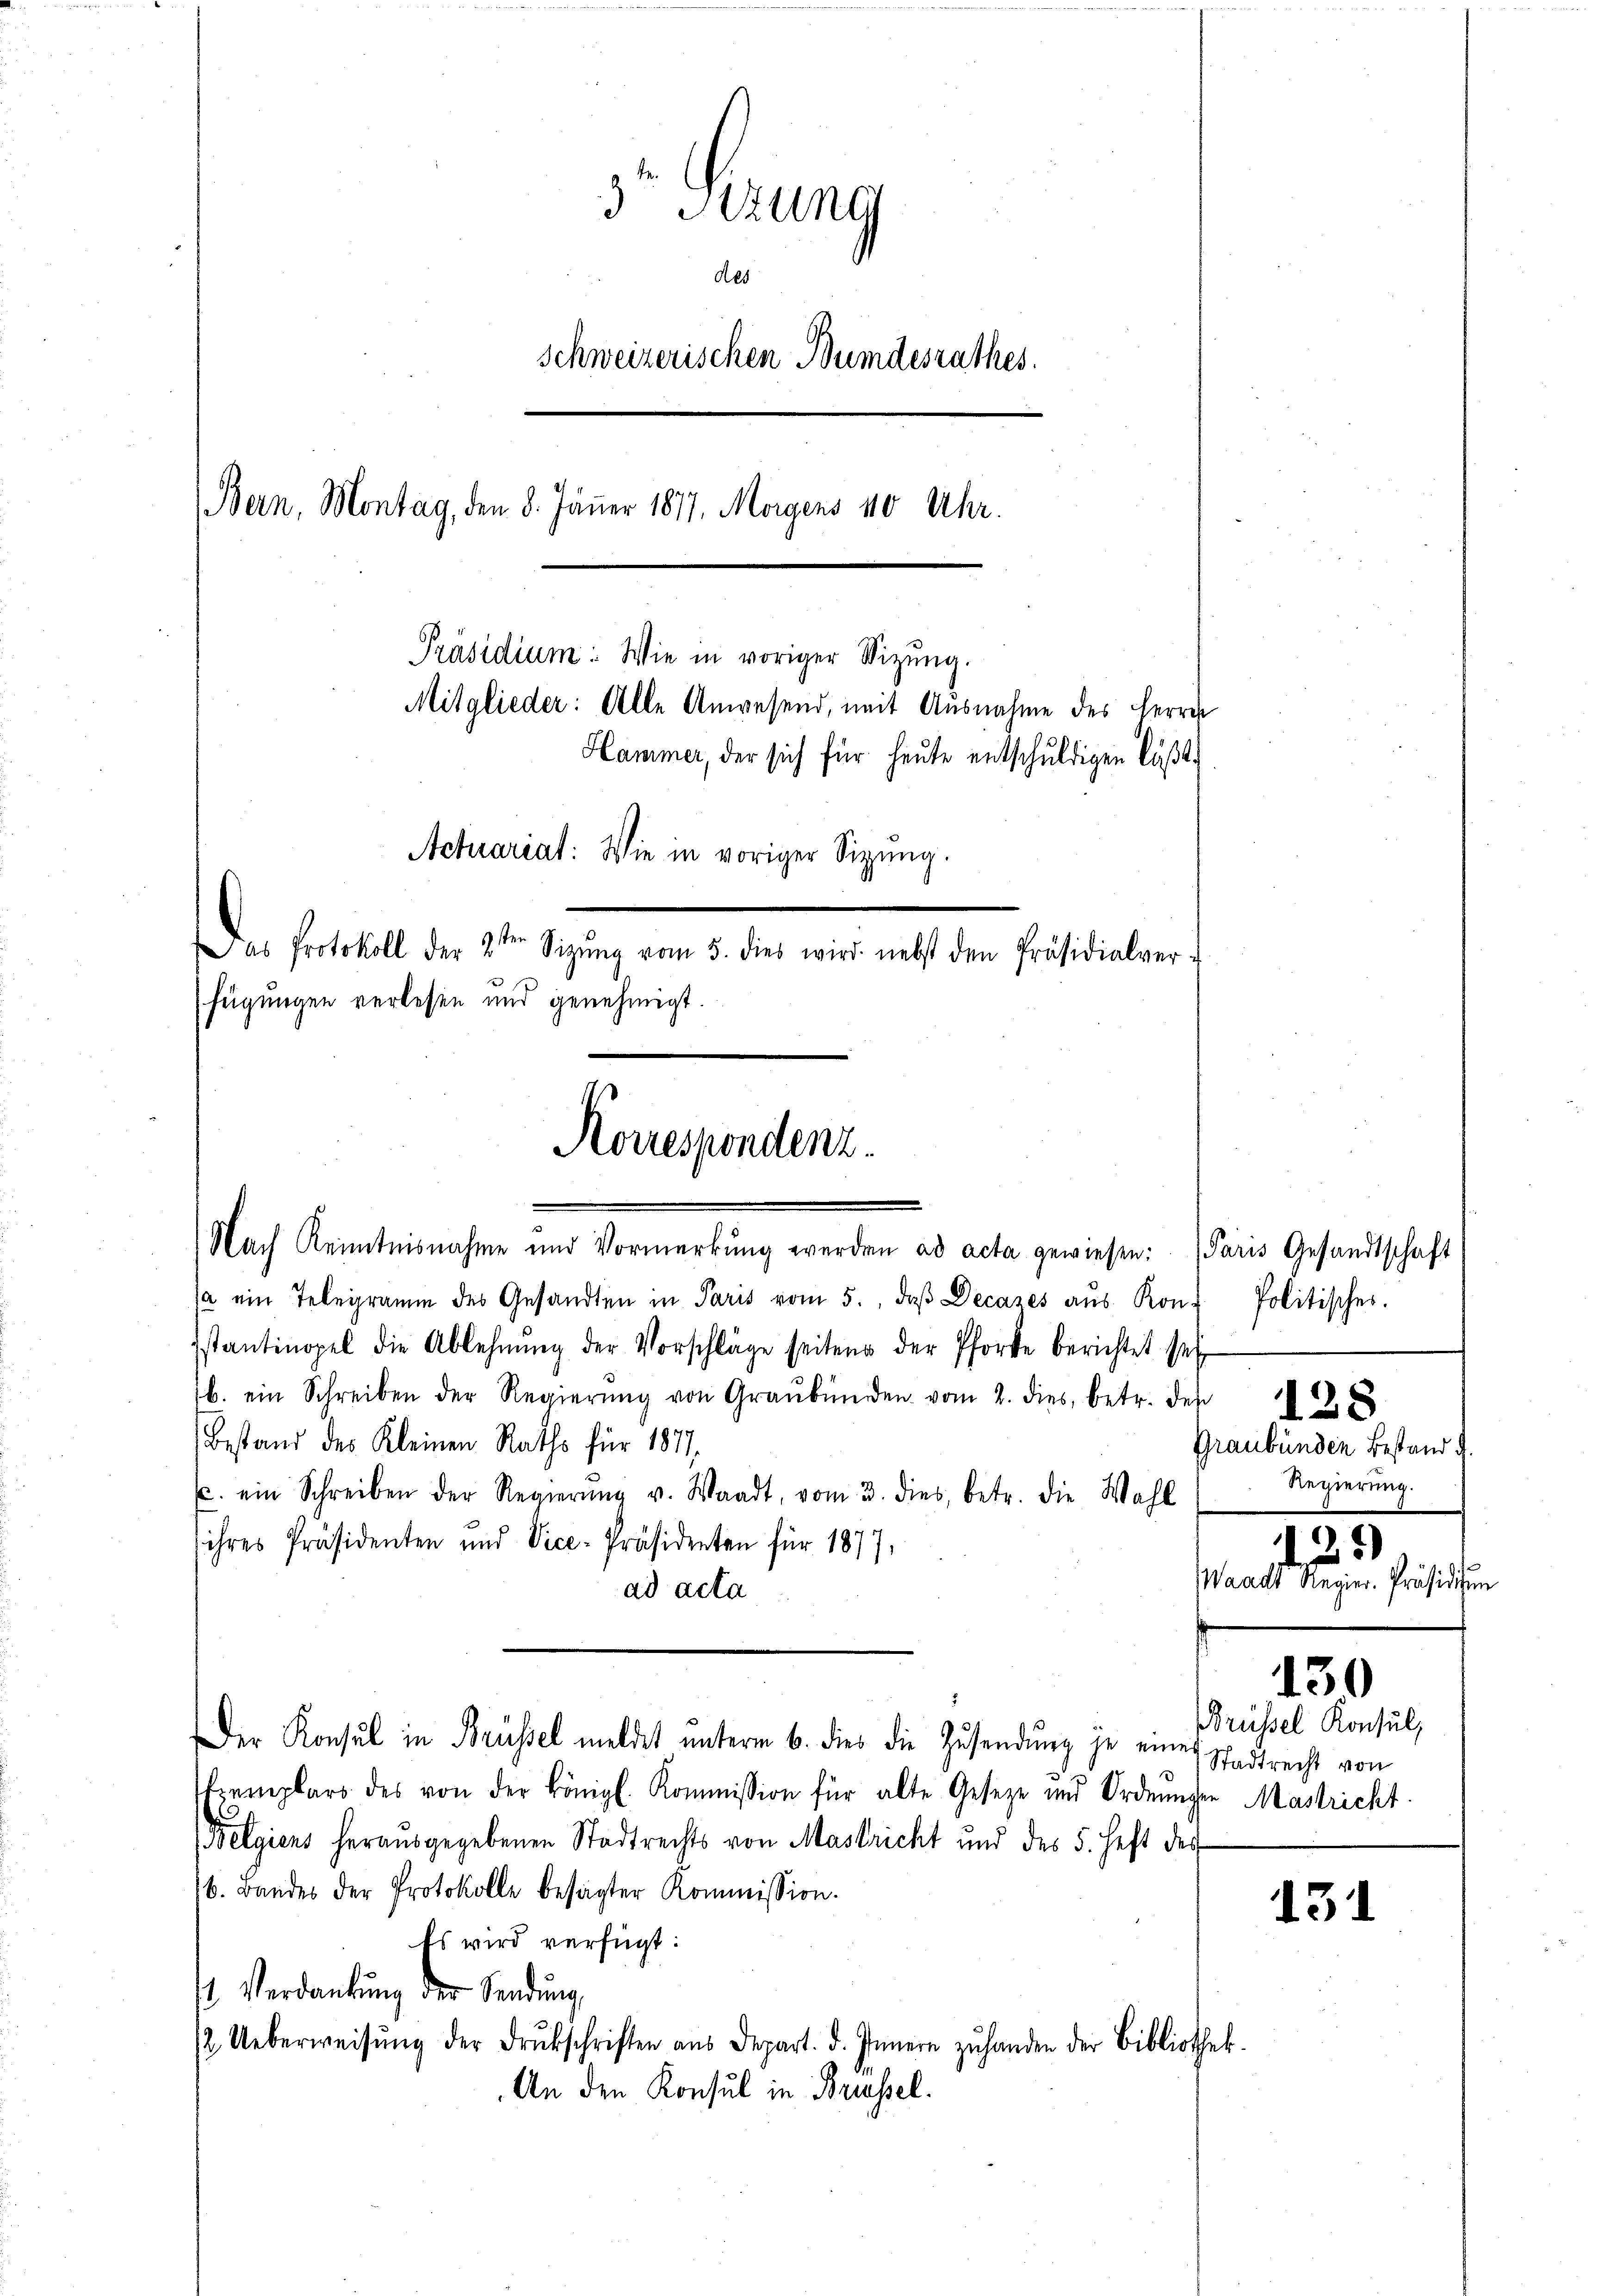
3 Sitzung
schweizerischen Bundesrathes.
(Bern, Montag, den 8. Jäṅer 1877. Morgens 40 Uhr.
Präsidium: Wie in voriger Sizung.
Mitglieder: Alle Anwesend, mit Ausnahme des Herrn
Hammer, der sich für heute entschuldigen läßt.
Achrariat: Wie in voriger Sitzung.
sten
as Protokoll der 2 Sizŭng vom 5. dies wird nebst den Präsidialver-
f
fügungen verlesen und genehmigt.

Korrespondenz.
Nach Kenntnisnahme und Vormerkŭng werden ad acta gewiesen: Paris Gesandtschaft

ja ein Telegramm des Gesandten in Paris vom 5. daβ Decazes aŭs Kon.
Istantinopel die Ablehnŭng der Vorschläge seitens der Pforte berichtet sei
b. ein Schreiben der Regierŭng von Graŭb vom 2. dies, betr. den 1882
Bestand des Kleinen Raths für 1877,
u. ein Schreiben der Regierŭng v. Waadt, vom 3. dies, betr. die Wahl
ihres Präsidenten und Vice-Präsidenten für 1877,
ad acta
Der Konsul in Brüssel meldet unterm 6. dies die Zusendung je eine
zemplars des von der königl. Kommission für alte Geseze und Ordnungen Mastricht
Belgiens herausgegebenen Stadtrechts von Mastricht und des 5. Heft der
6. Bandes der Protokolle besagter Kommission.
Es wird verfügt:
t Verdankŭng der Sendung,
2. Ueberweisŭng der Drukschriften aus Depart. d. Innern zŭ handen der Bibliothek.
An den Konsul in Brüssel.

Politisches.
Graubünden Bestand
Regierung.
125)
Waadt Regier-Präsidium

130

Brüssel Konsul,
Stadtrecht von

131